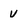
Character: v